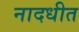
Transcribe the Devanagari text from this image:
नादधीत